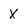
Character: X